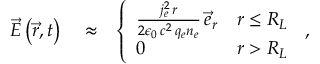
\begin{array} { r l r } { \vec { E } \left( \vec { r } , t \right) } & { { } \approx } & { \left\{ \begin{array} { l l } { \frac { j _ { e } ^ { 2 } \, r } { 2 \epsilon _ { 0 } \, c ^ { 2 } \, q _ { e } n _ { e } } \, \vec { e } _ { r } } & { r \le R _ { L } } \\ { 0 } & { r > R _ { L } } \end{array} \right. \, , } \end{array}